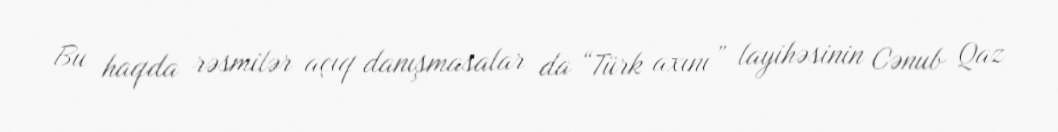
Bu haqda rəsmilər açıq danışmasalar da “Türk axını” layihəsinin Cənub Qaz